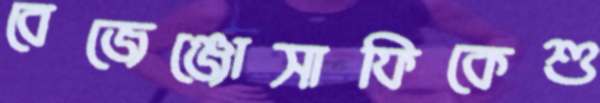
বেজেঞ্জোসাফিকেশু